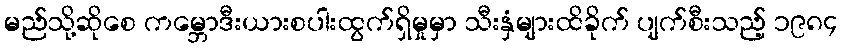
မည်သို့ဆိုစေ ကမ္ဘောဒီးယားစပါးထွက်ရှိမှုမှာ သီးနှံများထိခိုက် ပျက်စီးသည့် ၁၉၈၄